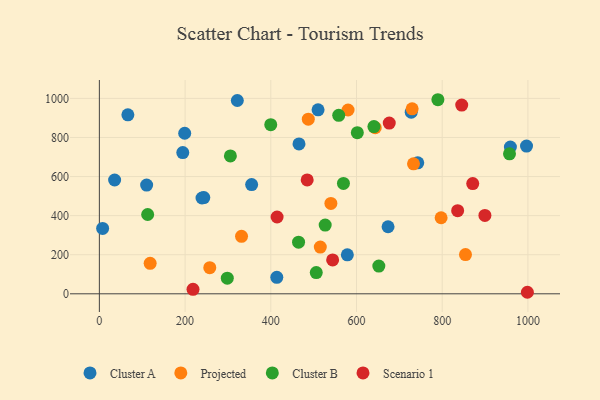
{"axis": {"x": "Price", "y": "Sales"}, "legend": ["Cluster A", "Cluster B", "Projected", "Scenario 1"], "data": [{"x": "194.6", "y": 722.7, "type": "Cluster A"}, {"x": "959.1", "y": 751.1, "type": "Cluster A"}, {"x": "510.3", "y": 941.3, "type": "Cluster A"}, {"x": "66.5", "y": 915.6, "type": "Cluster A"}, {"x": "673.6", "y": 343.1, "type": "Cluster A"}, {"x": "355.3", "y": 558.8, "type": "Cluster A"}, {"x": "414.0", "y": 84.5, "type": "Cluster A"}, {"x": "742.9", "y": 670.0, "type": "Cluster A"}, {"x": "727.7", "y": 929.5, "type": "Cluster A"}, {"x": "35.6", "y": 582.3, "type": "Cluster A"}, {"x": "578.6", "y": 199.4, "type": "Cluster A"}, {"x": "465.8", "y": 767.1, "type": "Cluster A"}, {"x": "243.7", "y": 492.4, "type": "Cluster A"}, {"x": "199.1", "y": 821.6, "type": "Cluster A"}, {"x": "239.5", "y": 490.3, "type": "Cluster A"}, {"x": "7.6", "y": 334.3, "type": "Cluster A"}, {"x": "996.7", "y": 755.9, "type": "Cluster A"}, {"x": "110.3", "y": 556.1, "type": "Cluster A"}, {"x": "321.9", "y": 989.2, "type": "Cluster A"}, {"x": "540.2", "y": 462.2, "type": "Projected"}, {"x": "257.6", "y": 133.6, "type": "Projected"}, {"x": "797.4", "y": 389.1, "type": "Projected"}, {"x": "643.7", "y": 850.0, "type": "Projected"}, {"x": "729.8", "y": 946.3, "type": "Projected"}, {"x": "331.7", "y": 294.3, "type": "Projected"}, {"x": "733.0", "y": 665.0, "type": "Projected"}, {"x": "580.3", "y": 940.6, "type": "Projected"}, {"x": "515.5", "y": 238.9, "type": "Projected"}, {"x": "854.3", "y": 200.7, "type": "Projected"}, {"x": "118.5", "y": 156.0, "type": "Projected"}, {"x": "487.5", "y": 893.7, "type": "Projected"}, {"x": "298.5", "y": 79.7, "type": "Cluster B"}, {"x": "640.6", "y": 855.9, "type": "Cluster B"}, {"x": "558.5", "y": 913.5, "type": "Cluster B"}, {"x": "112.7", "y": 405.7, "type": "Cluster B"}, {"x": "569.5", "y": 564.8, "type": "Cluster B"}, {"x": "464.8", "y": 264.1, "type": "Cluster B"}, {"x": "789.9", "y": 993.1, "type": "Cluster B"}, {"x": "601.9", "y": 824.4, "type": "Cluster B"}, {"x": "506.1", "y": 108.7, "type": "Cluster B"}, {"x": "305.7", "y": 705.7, "type": "Cluster B"}, {"x": "957.0", "y": 716.3, "type": "Cluster B"}, {"x": "399.9", "y": 865.3, "type": "Cluster B"}, {"x": "526.9", "y": 351.5, "type": "Cluster B"}, {"x": "652.1", "y": 141.8, "type": "Cluster B"}, {"x": "544.3", "y": 173.5, "type": "Scenario 1"}, {"x": "676.4", "y": 873.7, "type": "Scenario 1"}, {"x": "899.6", "y": 401.2, "type": "Scenario 1"}, {"x": "845.5", "y": 965.5, "type": "Scenario 1"}, {"x": "484.9", "y": 582.7, "type": "Scenario 1"}, {"x": "218.5", "y": 22.7, "type": "Scenario 1"}, {"x": "836.0", "y": 425.3, "type": "Scenario 1"}, {"x": "998.7", "y": 7.8, "type": "Scenario 1"}, {"x": "871.2", "y": 564.1, "type": "Scenario 1"}, {"x": "414.7", "y": 393.1, "type": "Scenario 1"}]}